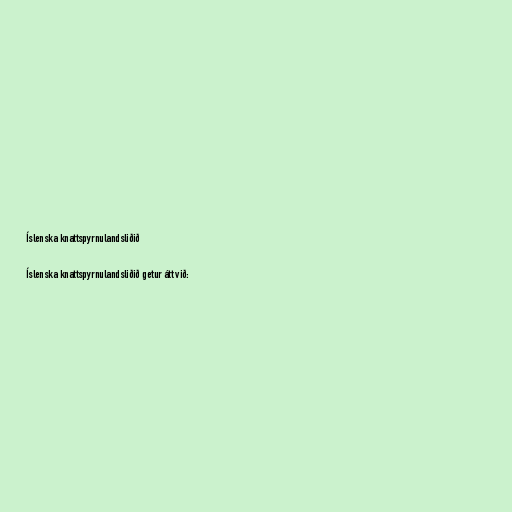
Íslenska knattspyrnulandsliðið

Íslenska knattspyrnulandsliðið getur átt við: